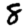
Digit: 8